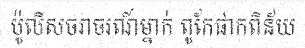
ប៉ូលីសចរាចរណ៍ម្នាក់ ពូកែផាកពិន័យ